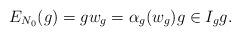
LaTeX: \begin{align*}E_{N_0}(g)=gw_g=\alpha_g(w_g)g\in I_gg.\end{align*}